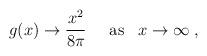
LaTeX: \begin{align*}g(x) \rightarrow \frac{x^{2}}{8\pi} \;\;\;\;\; {\rm as} \;\;\; x\rightarrow\infty\;,\end{align*}